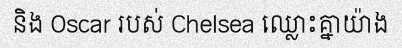
និង Oscar របស់ Chelsea ឈ្លោះគ្នាយ៉ាង